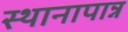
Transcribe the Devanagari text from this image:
स्थानापान्न